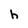
Character: h